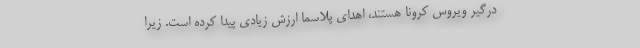
درگیر ویروس کرونا هستند، اهدای پلاسما ارزش زیادی پیدا کرده است. زیرا